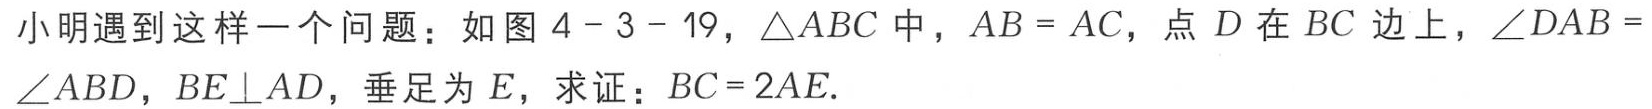
小明遇到这样一个问题：如图 \(4 - 3 - 19\)，\(\triangle ABC\) 中，\(AB = AC\)，点 \(D\) 在 \(BC\) 边上，\(\angle DAB =\angle ABD\)，\(BE\perp AD\)，垂足为 \(E\)，求证：\(BC = 2AE\).